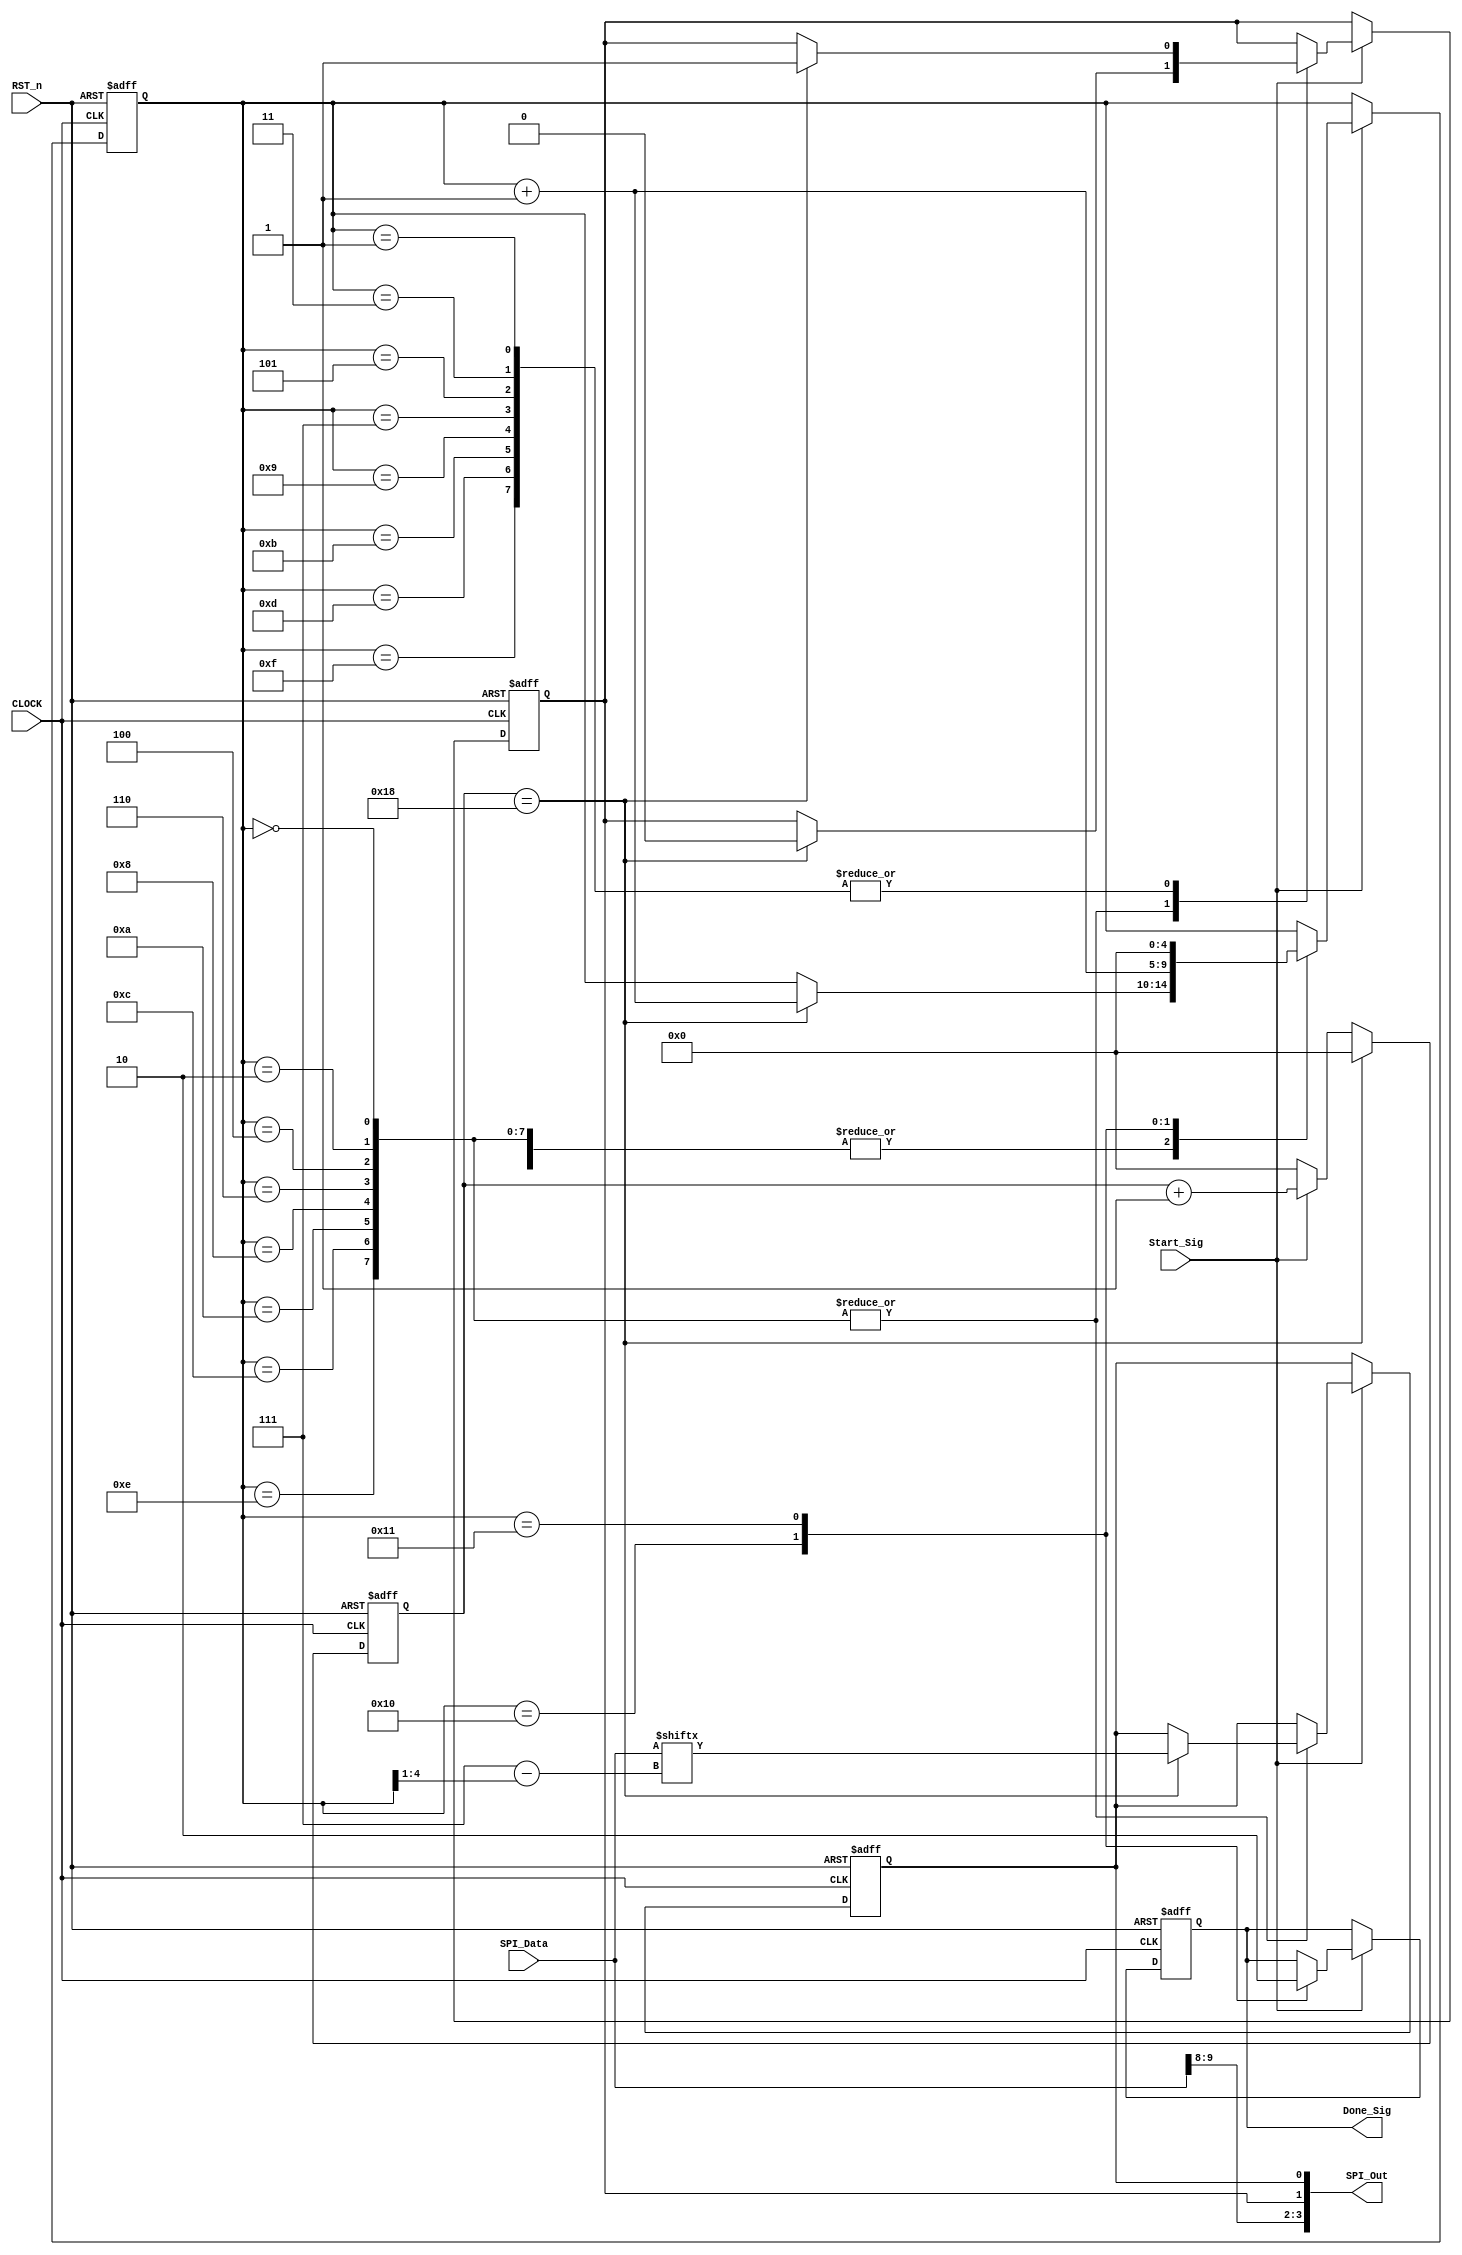
module spi_write_module
(
    CLOCK, RST_n,
	 Start_Sig,
	 SPI_Data,
	 Done_Sig,
	 SPI_Out
);

    input CLOCK;
	 input RST_n;
	 input Start_Sig;
	 input [9:0]SPI_Data;
	 output Done_Sig;
	 output [3:0]SPI_Out; // [3]CS [2]A0 [1]CLOCK [0]DO
	 
	 /*****************************/
	 
	 parameter T0P5US = 5'd24;
	 
	 /*****************************/
	 
	 reg [4:0]Count1;
	 
	 always @ ( posedge CLOCK or negedge RST_n )
        if( !RST_n )
		      Count1 <= 5'd0;
		  else if( Count1 == T0P5US )  
		      Count1 <= 5'd0;
		  else if( Start_Sig )
		      Count1 <= Count1 + 1'b1;
		  else
		      Count1 <= 5'd0;
 	 
	 /*****************************/
	 
	 reg [4:0]i;
	 reg rCLOCK;
	 reg rDO;
	 reg isDone;
	 
	 always @ ( posedge CLOCK or negedge RST_n )
	     if( !RST_n )
		      begin
		           i <= 5'd0;
					  rCLOCK <= 1'b1;
					  rDO <= 1'b0;
					  isDone <= 1'b0;
			   end
		  else if( Start_Sig )
		      case( i )
				    
					 5'd0, 5'd2, 5'd4, 5'd6, 5'd8, 5'd10, 5'd12, 5'd14:
					 if( Count1 == T0P5US ) begin rCLOCK <= 1'b0; rDO <= SPI_Data[ 7 - ( i >> 1) ]; i <= i + 1'b1; end
					
					 5'd1, 5'd3, 5'd5, 5'd7, 5'd9, 5'd11, 5'd13, 5'd15 :
					 if( Count1 == T0P5US ) begin rCLOCK <= 1'b1; i <= i + 1'b1; end
					 
					 5'd16:
					 begin isDone <= 1'b1; i <= i + 1'b1; end
					 
					 5'd17:
					 begin isDone <= 1'b0; i <= 5'd0; end
				
				endcase
				
    /*******************************************/
	 
	 assign Done_Sig = isDone;
    assign SPI_Out = { SPI_Data[9], SPI_Data[8], rCLOCK, rDO };
	 
	 /*******************************************/
	 
endmodule